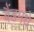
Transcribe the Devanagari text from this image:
बैंडमधे